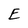
Character: E